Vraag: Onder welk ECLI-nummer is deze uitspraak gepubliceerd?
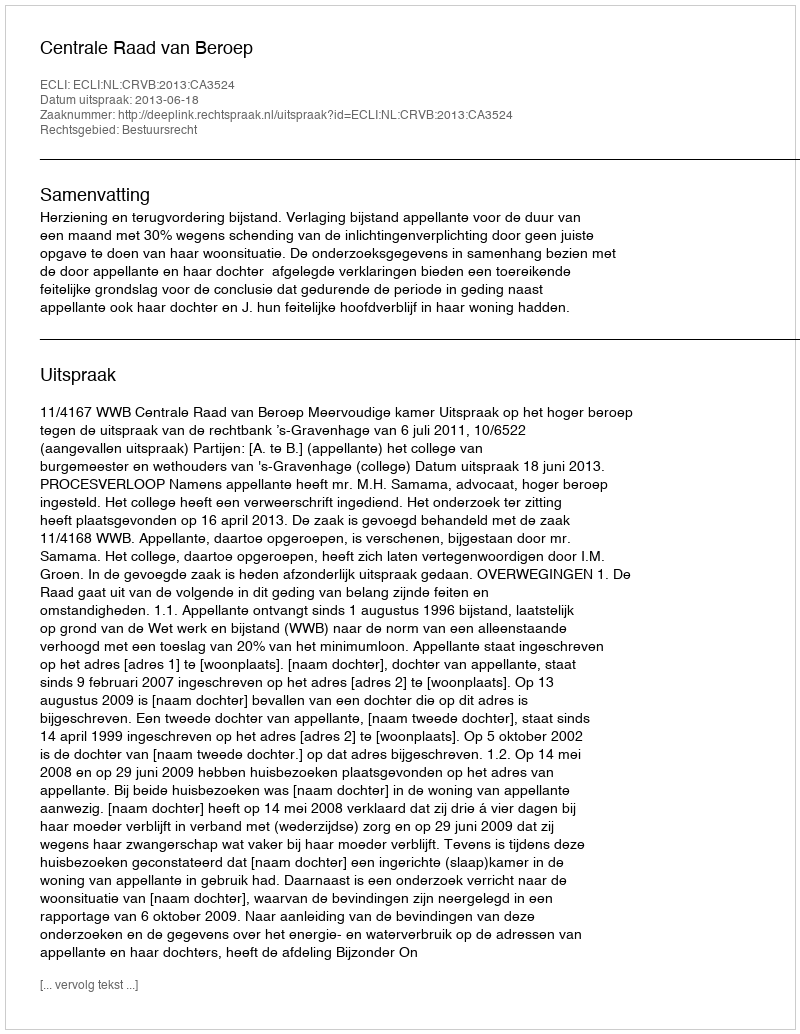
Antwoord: ECLI:NL:CRVB:2013:CA3524